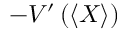
- V ^ { \prime } \left( \left\langle X \right\rangle \right)